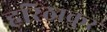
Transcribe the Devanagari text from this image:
हरिठाकुर